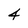
Character: 4